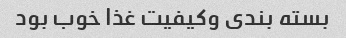
بسته بندی وکیفیت غذا خوب بود